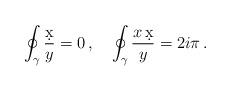
LaTeX: \begin{align*}\oint_{\gamma} {\d x\over y} = 0\, ,\quad \oint_{\gamma} {x\, \d x\over y} = 2 i\pi\, .\end{align*}